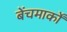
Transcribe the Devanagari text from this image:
बेंचमार्कों